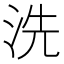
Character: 洗